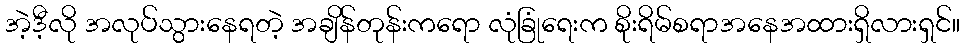
အဲ့ဒီ့လို အလုပ်သွားနေရတဲ့ အချိန်တုန်းကရော လုံခြုံရေးက စိုးရိမ်စရာအနေအထားရှိလားရှင်။